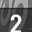
Digit: 2